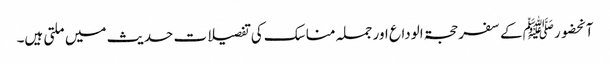
آنحضورﷺ کے سفر حجۃ الوداع اور جملہ مناسک کی تفصیلات حدیث میں ملتی ہیں۔